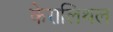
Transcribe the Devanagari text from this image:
केरालिथल